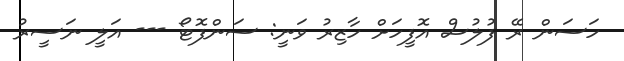
ހަސަން ރޭ ފުލުސް އޮފީހަށް ހާޒިރު ވަނީ: ސަންފޮޓޯ --- އަލީ ނަސީރު